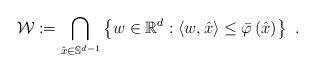
LaTeX: \begin{align*}\mathcal{W}:=\bigcap_{\hat{x}\in\mathbb{S}^{d-1}}\left\{ w\in\mathbb{R}^{d}:\left\langle w,\hat{x}\right\rangle \leq\bar{\varphi}\left( \hat{x}\right) \right\} \ .\end{align*}